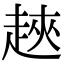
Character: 𧻵